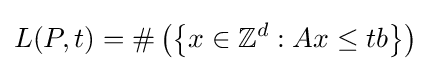
L(P,t)=\#\left(\left\{x\in \mathbb {Z} ^{d}:Ax\leq tb\right\}\right)